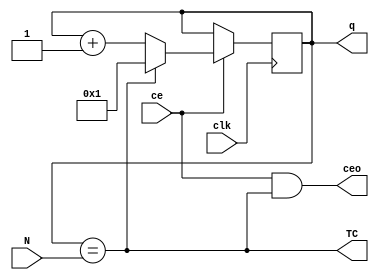
`ifndef k
	`define k 11
`endif
module AGNT ( input [`k-1:0] N, output reg [`k-1:0] q=0,
							input ce,         output wire TC,
							input clk,				output wire ceo);
	assign TC = (q==N) ;
	assign ceo = ce & TC ;
	always @ (posedge clk) if (ce) begin
		q <= TC? 1 : q+1;
	end
endmodule